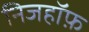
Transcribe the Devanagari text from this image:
निजहॉफ़